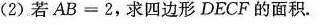
(2)若$$A B = 2$$，求四边形DECF的面积。